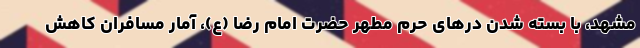
مشهد، با بسته شدن درهای حرم مطهر حضرت امام رضا (ع)، آمار مسافران کاهش